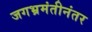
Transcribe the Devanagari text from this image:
जगभ्रमंतीनंतर